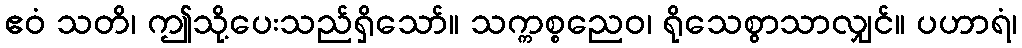
ဧဝံ သတိ၊ ဤသို့ပေးသည်ရှိသော်။ သက္ကစ္စညေဝ၊ ရိုသေစွာသာလျှင်။ ပဟာရံ၊